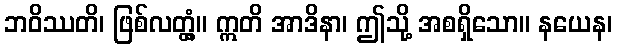
ဘဝိဿတိ၊ ဖြစ်လတ္တံ့။ ဣတိ အာဒိနာ၊ ဤသို့ အစရှိသော။ နယေန၊